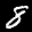
Label: 8